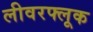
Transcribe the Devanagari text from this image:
लीवरफ्लूक